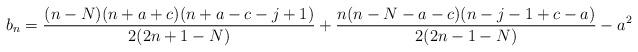
LaTeX: \begin{align*} b_n = \frac{(n-N)(n+a+c)(n+a-c-j+1)}{2(2n+1-N)}+\frac{n(n-N-a-c)(n-j-1+c-a)}{2(2n-1-N)}-a^2 \end{align*}